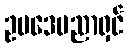
ဥပဒေပညာရှင်